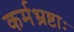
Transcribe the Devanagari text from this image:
कर्मभ्रष्टाः